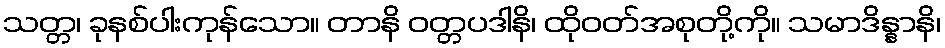
သတ္တ၊ ခုနစ်ပါးကုန်သော။ တာနိ ဝတ္တပဒါနိ၊ ထိုဝတ်အစုတို့ကို။ သမာဒိန္နာနိ၊